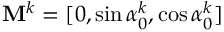
\mathbf { M } ^ { k } = [ 0 , \sin \alpha _ { 0 } ^ { k } , \cos \alpha _ { 0 } ^ { k } ]